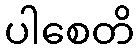
ပါစေတိ